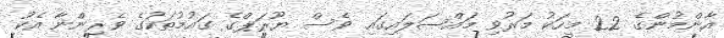
އާންމުންގެ 22 މީހަކު މަރުވި މައްސަލައިގައި ވެސް ޔޫރަޕްގެ ގައުމުތަކުގެ ވެރިންނާ އެކު